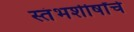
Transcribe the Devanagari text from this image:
स्तंभशीर्षांचे